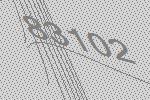
83102